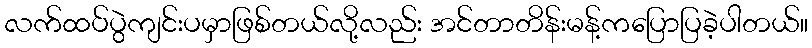
လက်ထပ်ပွဲကျင်းပမှာဖြစ်တယ်လို့လည်း အင်တာတိန်းမန့်ကပြောပြခဲ့ပါတယ်။